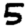
Digit: 5